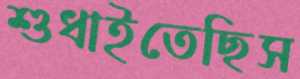
শুধাইতেছিস